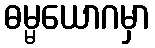
ဓမ္မယောဂမှာ